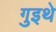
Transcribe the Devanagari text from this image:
गुइथे